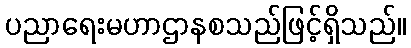
ပညာရေးမဟာဌာနစသည်ဖြင့်ရှိသည်။